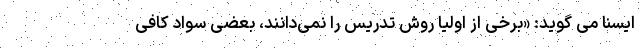
ایسنا می گوید: «برخی از اولیا روش تدریس را نمی‌دانند، بعضی سواد کافی